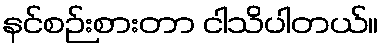
နင်စဉ်းစားတာ ငါသိပါတယ်။